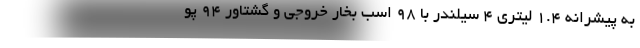
به پیشرانه 1.4 لیتری 4 سیلندر با 98 اسب بخار خروجی و گشتاور 94 پو